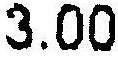
3.00